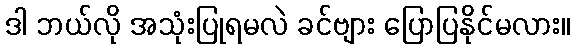
ဒါ ဘယ်လို အသုံးပြုရမလဲ ခင်ဗျား ပြောပြနိုင်မလား။